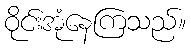
ဝိုင်းအုံနေကြသည်။